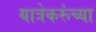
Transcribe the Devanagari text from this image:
यात्रेकरूंच्या